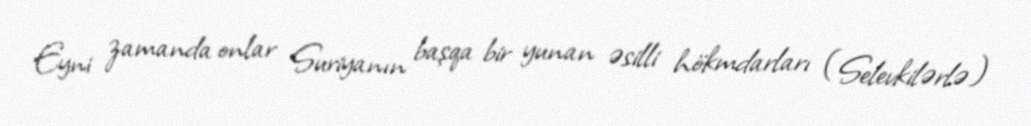
Eyni zamanda onlar Suriyanın başqa bir yunan əsilli hökmdarları (Selevkilərlə)